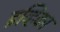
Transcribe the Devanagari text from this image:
इव्हिका